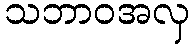
သဘာဝအလှ